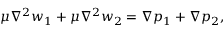
\mu \nabla ^ { 2 } w _ { 1 } + \mu \nabla ^ { 2 } w _ { 2 } = \nabla p _ { 1 } + \nabla p _ { 2 } ,